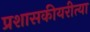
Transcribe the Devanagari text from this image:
प्रशासकीयरीत्या